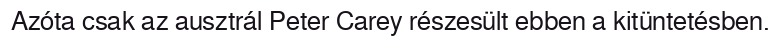
Azóta csak az ausztrál Peter Carey részesült ebben a kitüntetésben.